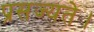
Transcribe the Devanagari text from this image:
प्रसज्यते।